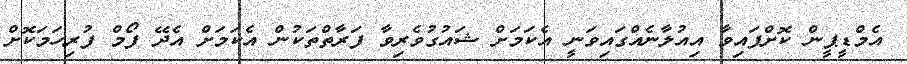
އެމްޑީޕީން ކޮށްފައިވާ އިއުލާނެއްގައިވަނީ އެކަމަށް ޝައުގުވެރިވާ ފަރާތްތަކުން އެކަމަށް އެދޭ ފޯމް ފުރިހަމަކޮށް